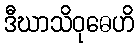
ဒီဃာသိဝုဓေဟိ